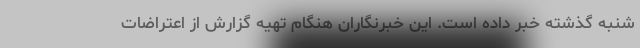
شنبه گذشته خبر داده است. این خبرنگاران هنگام تهیه گزارش از اعتراضات